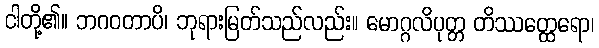
ငါတို့၏။ ဘဂဝတာပိ၊ ဘုရားမြတ်သည်လည်း။ မောဂ္ဂလိပုတ္တ တိဿတ္ထေရော၊